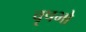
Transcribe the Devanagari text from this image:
वृषभो